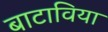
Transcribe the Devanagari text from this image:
बाटाविया